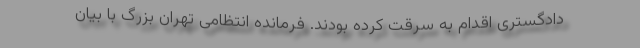
دادگستری اقدام به سرقت کرده بودند. فرمانده انتظامی تهران بزرگ با بیان